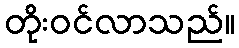
တိုးဝင်လာသည်။